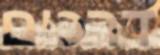
דרכים